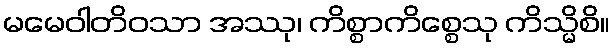
မမေဝါတိဝသာ အဿု၊ ကိစ္စာကိစ္စေသု ကိသ္မိစိ။